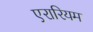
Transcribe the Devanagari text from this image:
एरारियम